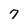
Character: 7